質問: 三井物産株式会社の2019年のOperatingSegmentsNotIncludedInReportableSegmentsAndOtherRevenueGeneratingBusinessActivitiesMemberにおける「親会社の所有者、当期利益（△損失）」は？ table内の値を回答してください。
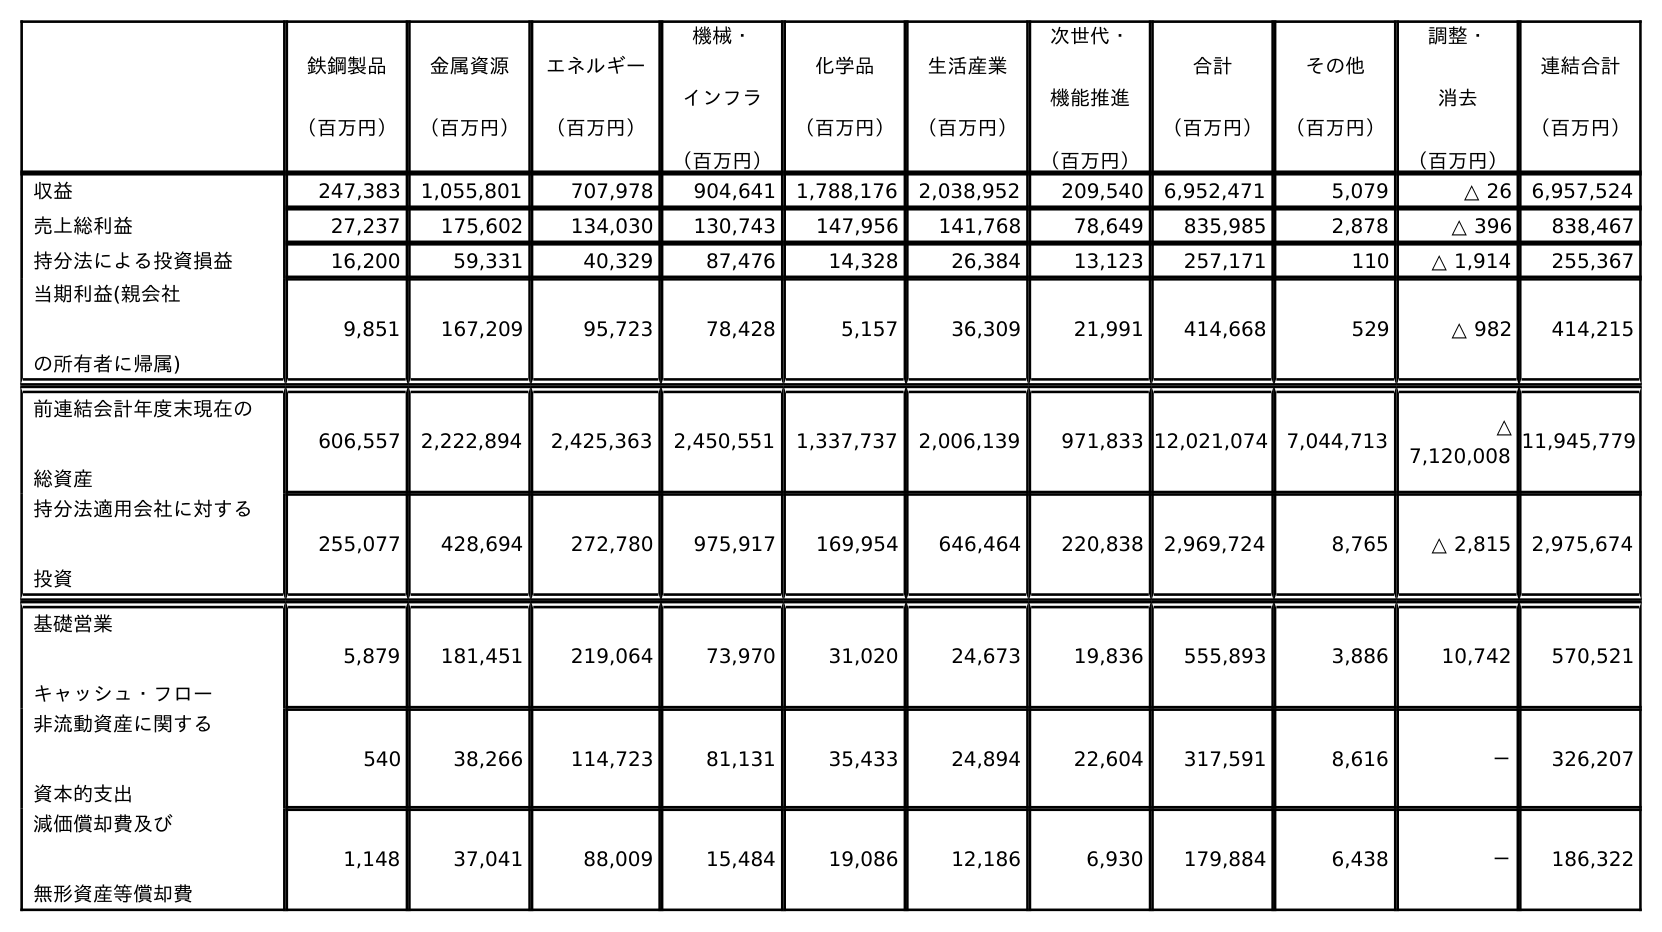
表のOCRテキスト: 鉄鋼製品 （百万円） 金属資源 （百万円） エネルギー （百万円） 機械・ インフラ （百万円） 化学品 （百万円） 生活産業 （百万円） 次世代・ 機能推進 （百万円） 合計 （百万円） その他 （百万円） 調整・ 消去 （百万円） 連結合計 （百万円） 収益 247,383 1,055,801 707,978 904,641 1,788,176 2,038,952 209,540 6,952,471 5,079 △ 26 6,957,524 売上総利益 27,237 175,602 134,030 130,743 147,956 141,768 78,649 835,985 2,878 △ 396 838,467 持分法による投資損益 16,200 59,331 40,329 87,476 14,328 26,384 13,123 257,171 110 △ 1,914 255,367 当期利益(親会社 の所有者に帰属) 9,851 167,209 95,723 78,428 5,157 36,309 21,991 414,668 529 △ 982 414,215 前連結会計年度末現在の 総資産 606,557 2,222,894 2,425,363 2,450,551 1,337,737 2,006,139 971,833 12,021,074 7,044,713 △ 7,120,008 11,945,779 持分法適用会社に対する 投資 255,077 428,694 272,780 975,917 169,954 646,464 220,838 2,969,724 8,765 △ 2,815 2,975,674 基礎営業 キャッシュ・フロー 5,879 181,451 219,064 73,970 31,020 24,673 19,836 555,893 3,886 10,742 570,521 非流動資産に関する 資本的支出 540 38,266 114,723 81,131 35,433 24,894 22,604 317,591 8,616 － 326,207 減価償却費及び 無形資産等償却費 1,148 37,041 88,009 15,484 19,086 12,186 6,930 179,884 6,438 － 186,322
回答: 529